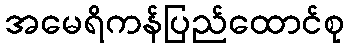
အမေရိကန်ပြည်ထောင်စု